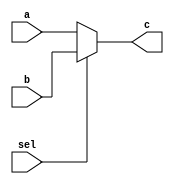
`timescale 1ns / 1ps
//////////////////////////////////////////////////////////////////////////////////
// Company: 
// Engineer: 
// 
// Design Name: 
// Module Name:    mux32_2_6 
// Project Name: 
// Target Devices: 
// Tool versions: 
// Description: 
//
// Dependencies: 
//
// Revision: 
// Revision 0.01 - File Created
// Additional Comments: 
//
//////////////////////////////////////////////////////////////////////////////////
module mux32_2_6(
    input [31:0] a,
    input [31:0] b,
    input sel,
    output [31:0] c
    );
	 assign c = (sel)?b:a;

endmodule